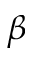
\beta